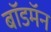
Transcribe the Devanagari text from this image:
बॉडमॅन